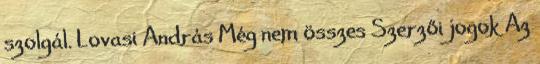
szolgál. Lovasi András Még nem összes Szerzői jogok Az